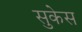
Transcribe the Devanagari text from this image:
सुकेस